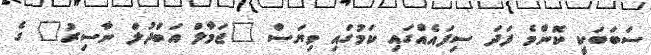
ސަބަބަކީ ކޮންމެ ފަދަ ސިފައެއްގައި ކަމުގައި ވިޔަސް "ޖަމާލް އަބްދުލް ނާސިރު" ގެ